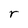
Character: r